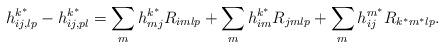
LaTeX: \begin{align*}h_{ij,lp}^{k^{*}}-h_{ij,pl}^{k^{*}}=\sum_{m}h_{mj}^{k^{*}}R_{imlp}+\sum_{m}h_{im}^{k^{*}}R_{jmlp}+\sum_{m}h_{ij}^{m^{*}}R_{k^{*}m^{*}lp}.\end{align*}